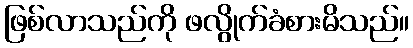
ဖြစ်လာသည်ကို ဖလွိုက်ခံစားမိသည်။